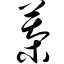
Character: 萘